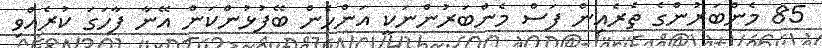
85 މެންބަރުންގެ ތެރެއިން ފަސް މެންބަރުންނަކީ އަންހެން ބޭފުޅުންކަން އޭނާ ފާހަގަ ކުރެއްވި